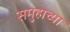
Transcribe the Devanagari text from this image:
समुहाच्या